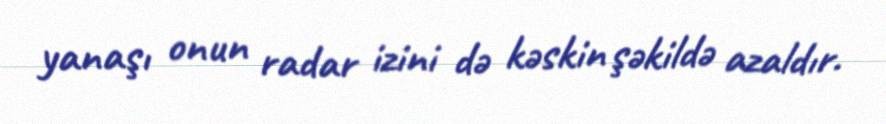
yanaşı onun radar izini də kəskin şəkildə azaldır.